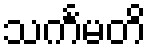
သင်္ကမတိ